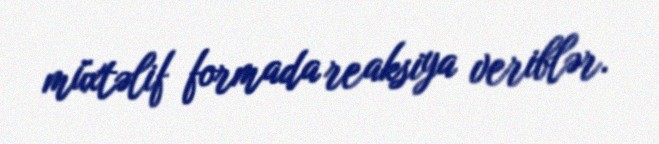
müxtəlif formada reaksiya veriblər.